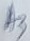
Text: A3